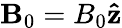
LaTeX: \mathbf{B}_{0}=B_{0}\mathbf{\hat{z}}